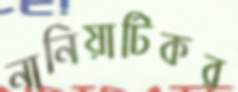
নানিয়াটিকর